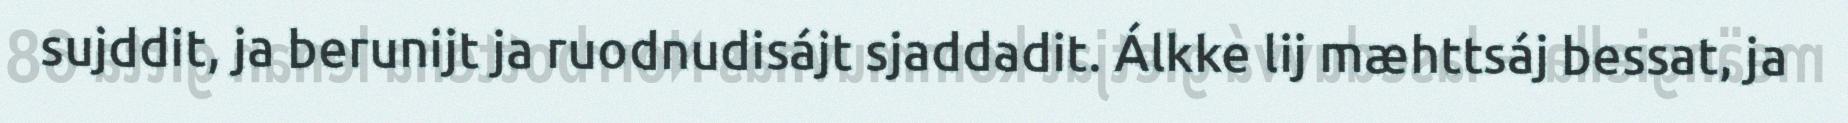
sujddit, ja berunijt ja ruodnudisájt sjaddadit. Álkke lij mæhttsáj bessat, ja